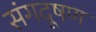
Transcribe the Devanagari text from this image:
संगदूषण